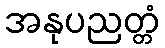
အနုပညတ္တံ